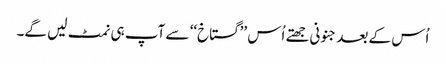
اُس کے بعد جنونی جھتے اُس ’’گستاخ‘‘ سے آپ ہی نمٹ لیں گے۔